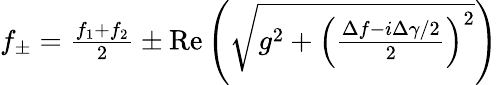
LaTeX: \begin{array}{r}{f_{\pm}=\frac{f_{1}+f_{2}}{2}\pm\mathrm{Re}\left(\sqrt{g^{2}+\left(\frac{\Delta f-i\Delta\gamma/2}{2}\right)^{2}}\right)}\end{array}